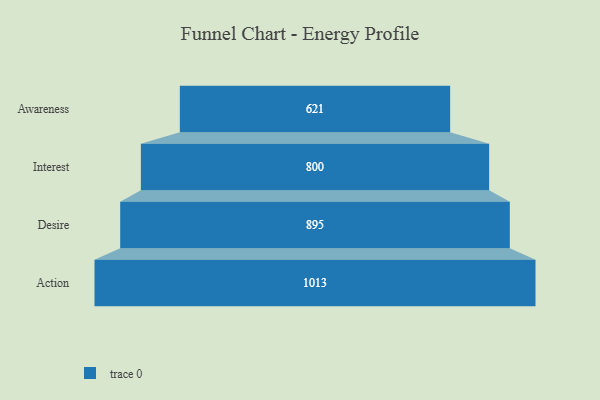
{"axis": {"x": "Stage", "y": "Value"}, "legend": [""], "data": [{"x": "Awareness", "y": 621.0, "type": ""}, {"x": "Interest", "y": 800.0, "type": ""}, {"x": "Desire", "y": 895.0, "type": ""}, {"x": "Action", "y": 1013.0, "type": ""}]}